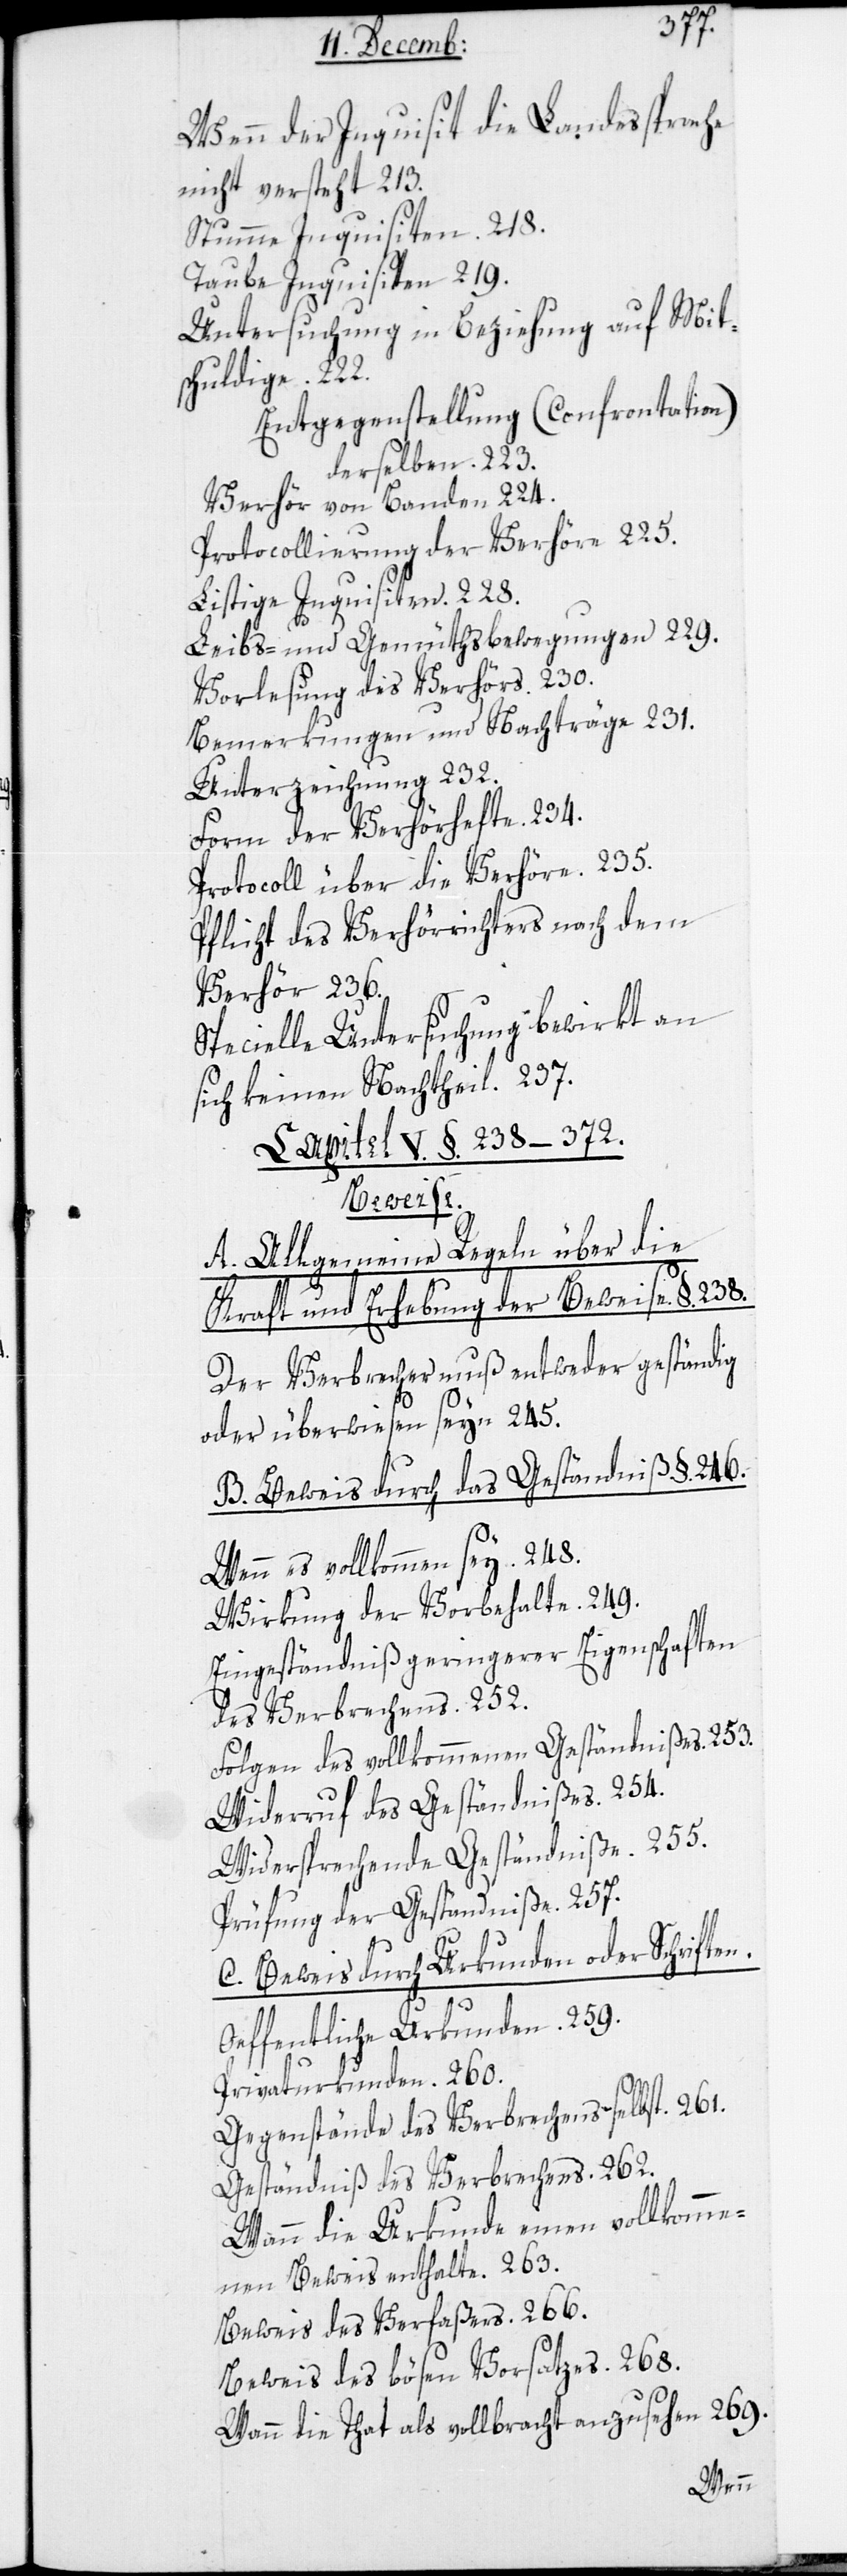
Wenn der Inquisit die Landessprache
nicht versteht 213.
Stumme Inquisiten. 218.
Taube Inquisiten 219.
Untersuchung in Beziehung auf Mit¬
schldige.
Entgegenstellung (Confrontation)
derselben. 223.
Verhör von Banden 224.
Protocollierung der Verhöre 225.
Listige Inquisiten 228.
Leibs- und Gemüthsbewegungen 229.
Vorlesung des Verhörs. 230.
Bemerkungen und Nachträge 231.
Unterzeichnung 232.
Form der Verhörhefte. 234.
Protocoll über die Verhöre 235.
Pflicht des Verhörrichters nach dem
Verhör 236.
Specielle Untersuchung bewirkt an
sich keinen Nachtheil. 237.
Capitel V. §. 238–372.
Beweise.
A. Allgemeine Regeln über die
Kraft und Erhebung der Beweise. §. 238
Der Verbrecher muß entweder geständig
oder überwiesen seyn. 245.
B. Beweis durch das Geständniß. § 246.
Wenn es vollkommen sey. 248.
Wirkung der Vorbehalte. 249.
Eingeständniß geringerer Eigenschaften
des Verbrechens. 252.
Folgen des vollkommenen Geständnißes. 253.
Widerruf des Geständnißes. 254.
Widersprechende Geständniße. 255.
Prüfung der Geständniße. 257.
C. Beweis durch Urkunden oder Schriften.
Oeffentliche Urkunden. 259.
Privaturkunden. 260.
Gegenstände des Verbrechens selbst. 261.
Geständniß des Verbrechens. 262.
Wann die Urkunde einen vollkomme¬
nen Beweis enthalte. 263.
Beweis des Verfaßers. 266.
Beweis des bösen Vorsatzes. 268.
Wann die That als vollbracht anzusehen 269.